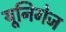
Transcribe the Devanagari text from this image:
यूनिगेज